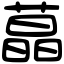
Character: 蕌